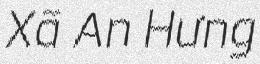
Xã An Hưng